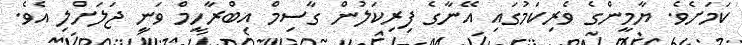
ކަމަށެވެ. ޔާމީންގެ ވެރިކަމުގައި އޭނާގެ ފިރިކަލުން ގާސިމް އިބްރާހީމް ވަނީ ޖަލަށްލި އެވެ.